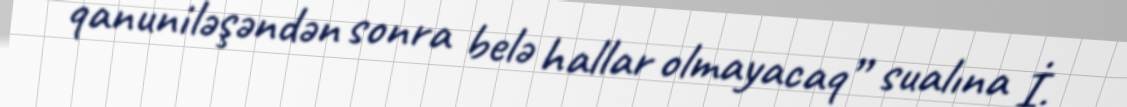
qanuniləşəndən sonra belə hallar olmayacaq” sualına İ.